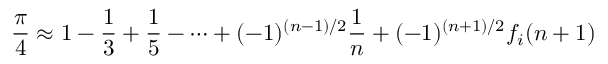
{ \frac { \pi } { 4 } } \approx 1 - { \frac { 1 } { 3 } } + { \frac { 1 } { 5 } } - \cdots + ( - 1 ) ^ { ( n - 1 ) / 2 } { \frac { 1 } { n } } + ( - 1 ) ^ { ( n + 1 ) / 2 } f _ { i } ( n + 1 )